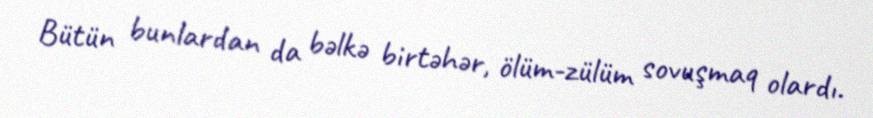
Bütün bunlardan da bəlkə birtəhər, ölüm-zülüm sovuşmaq olardı.